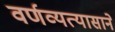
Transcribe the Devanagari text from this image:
वर्णव्यत्यासाने